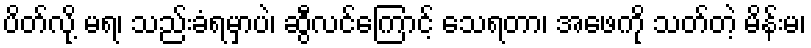
ပိတ်လို့ မရ၊ သည်းခံရမှာပဲ၊ ဆွီလင်ကြောင့် သေရတာ၊ အဖေကို သတ်တဲ့ မိန်းမ၊